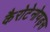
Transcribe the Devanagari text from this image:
कैरोटेनोयड्स